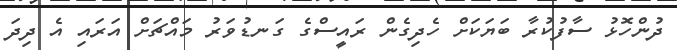
ދުންހޮޅު ސާފުކުރާ ބަޔަކަށް ހެދިގެން ރައީސްގެ ގަނޑުވަރު މައްޗަށް އަރައި އެ ދިދަ